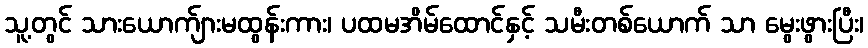
သူ့တွင် သားယောက်ျားမထွန်းကား၊ ပထမအိမ်ထောင်နှင့် သမီးတစ်ယောက် သာ မွေးဖွားပြီး၊